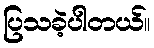
ပြသခဲ့ပါတယ်။